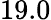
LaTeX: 19.0